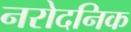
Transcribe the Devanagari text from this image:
नरोदनिक